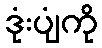
ဒုံးပျံကို